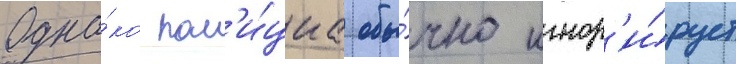
Одна́ко пол'и́циа обы́чно игнор'и́рует